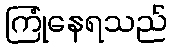
ကြုံနေရသည်